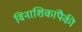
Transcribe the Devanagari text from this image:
विनाशिकांपैकी